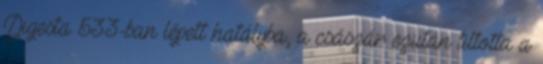
Digesta 533-ban lépett hatályba, a császár ezután tiltotta a